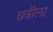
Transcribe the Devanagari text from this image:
छत्रीला